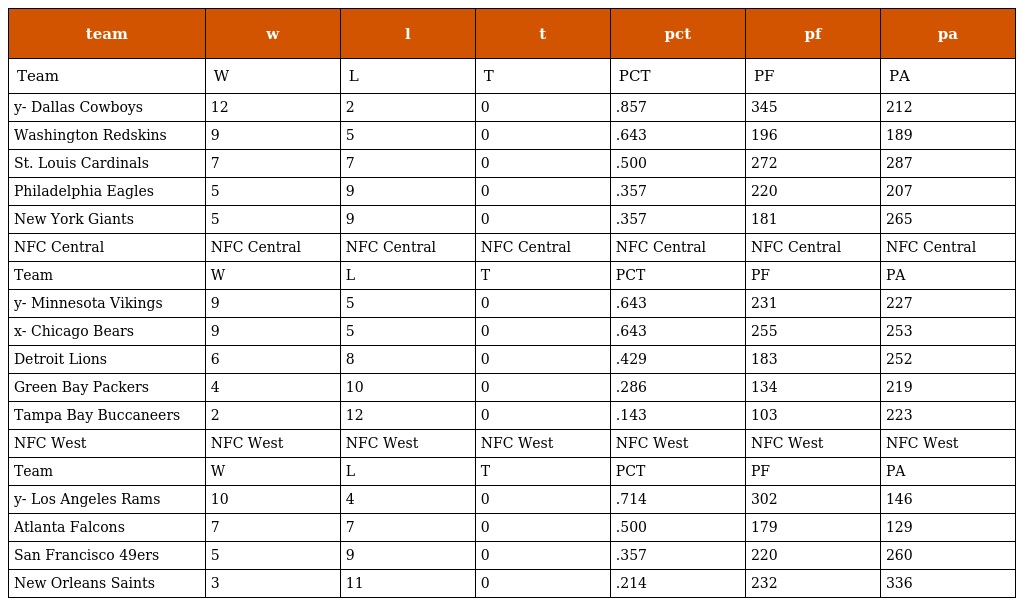
| team | w | l | t | pct | pf | pa |
 | --- | --- | --- | --- | --- | --- | --- |
 | Team | W | L | T | PCT | PF | PA |
 | y- Dallas Cowboys | 12 | 2 | 0 | .857 | 345 | 212 |
 | Washington Redskins | 9 | 5 | 0 | .643 | 196 | 189 |
 | St. Louis Cardinals | 7 | 7 | 0 | .500 | 272 | 287 |
 | Philadelphia Eagles | 5 | 9 | 0 | .357 | 220 | 207 |
 | New York Giants | 5 | 9 | 0 | .357 | 181 | 265 |
 | NFC Central | NFC Central | NFC Central | NFC Central | NFC Central | NFC Central | NFC Central |
 | Team | W | L | T | PCT | PF | PA |
 | y- Minnesota Vikings | 9 | 5 | 0 | .643 | 231 | 227 |
 | x- Chicago Bears | 9 | 5 | 0 | .643 | 255 | 253 |
 | Detroit Lions | 6 | 8 | 0 | .429 | 183 | 252 |
 | Green Bay Packers | 4 | 10 | 0 | .286 | 134 | 219 |
 | Tampa Bay Buccaneers | 2 | 12 | 0 | .143 | 103 | 223 |
 | NFC West | NFC West | NFC West | NFC West | NFC West | NFC West | NFC West |
 | Team | W | L | T | PCT | PF | PA |
 | y- Los Angeles Rams | 10 | 4 | 0 | .714 | 302 | 146 |
 | Atlanta Falcons | 7 | 7 | 0 | .500 | 179 | 129 |
 | San Francisco 49ers | 5 | 9 | 0 | .357 | 220 | 260 |
 | New Orleans Saints | 3 | 11 | 0 | .214 | 232 | 336 |